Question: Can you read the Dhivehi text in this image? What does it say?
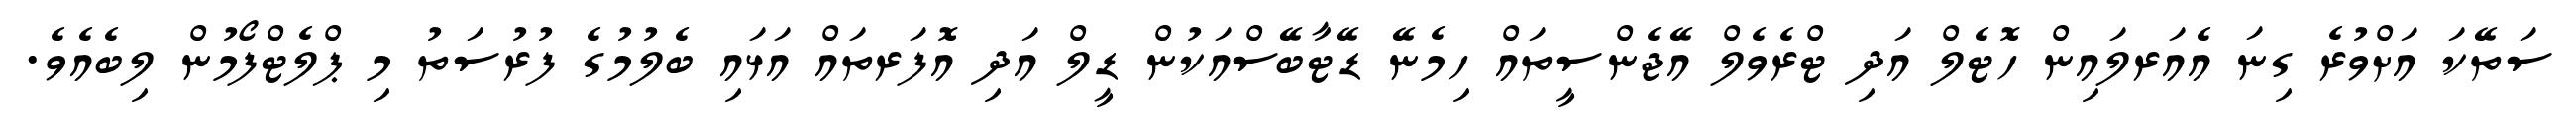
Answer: ސަތޭކަ އަށްވުރެ ގިނަ އެއަރލައިން ހޮޓެލް އަދި ޓްރެވެލް އޭޖެންސީތައް ހިމެނޭ ޑޭޓާބޭސްއަކުން ޑީލް އަދި އޮފަރތައް އަޅައި ބެލުމުގެ ފުރުސަތު މި ޕްލެޓްފޯމުން ލިބެއެވެ.